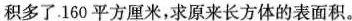
积多了。160平方厘米，求原来长方体的表面积。